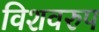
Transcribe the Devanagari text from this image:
विशवरुप